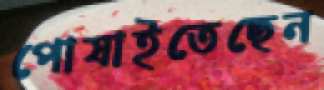
পোষাইতেছেন